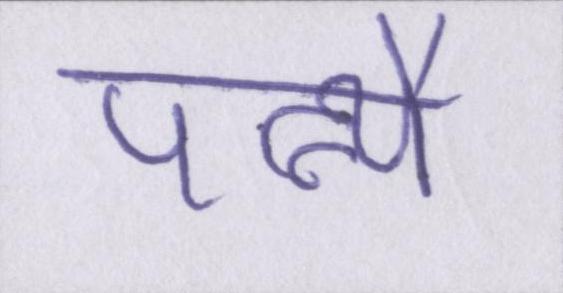
पत्न्यै